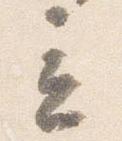
立